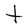
Character: t